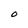
Character: 0